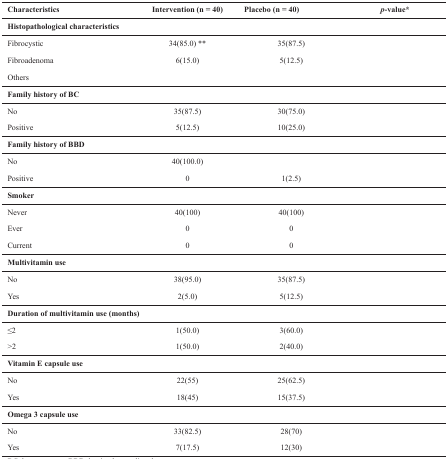
<table><thead><tr><td><b>Characteristics</b></td><td><b>Intervention(n = 40)</b></td><td><b>Placebo(n = 40)</b></td><td><b><i>p-</i>value*</b></td></tr></thead><tbody><tr><td colspan="4"><b>Histopathological characteristics</b></td></tr><tr><td>Fibrocystic</td><td>34(85.0) **</td><td>35(87.5)</td><td>[EMPTY_CELL]</td></tr><tr><td>Fibroadenoma</td><td>6(15.0)</td><td>5(12.5)</td><td>[EMPTY_CELL]</td></tr><tr><td>Others</td><td>[EMPTY_CELL]</td><td>[EMPTY_CELL]</td><td>[EMPTY_CELL]</td></tr><tr><td colspan="4"><b>Family history of BC</b></td></tr><tr><td>No</td><td>35(87.5)</td><td>30(75.0)</td><td>[EMPTY_CELL]</td></tr><tr><td>Positive</td><td>5(12.5)</td><td>10(25.0)</td><td>[EMPTY_CELL]</td></tr><tr><td colspan="4"><b>Family history of BBD</b></td></tr><tr><td>No</td><td>40(100.0)</td><td>[EMPTY_CELL]</td><td>[EMPTY_CELL]</td></tr><tr><td>Positive</td><td>0</td><td>1(2.5)</td><td>[EMPTY_CELL]</td></tr><tr><td colspan="4"><b>Smoker</b></td></tr><tr><td>Never</td><td>40(100)</td><td>40(100)</td><td>[EMPTY_CELL]</td></tr><tr><td>Ever</td><td>0</td><td>0</td><td>[EMPTY_CELL]</td></tr><tr><td>Current</td><td>0</td><td>0</td><td>[EMPTY_CELL]</td></tr><tr><td colspan="4"><b>Multivitamin use</b></td></tr><tr><td>No</td><td>38(95.0)</td><td>35(87.5)</td><td>[EMPTY_CELL]</td></tr><tr><td>Yes</td><td>2(5.0)</td><td>5(12.5)</td><td>[EMPTY_CELL]</td></tr><tr><td colspan="4"><b>Duration of multivitamin use (months)</b></td></tr><tr><td>≤2</td><td>1(50.0)</td><td>3(60.0)</td><td>[EMPTY_CELL]</td></tr><tr><td>&gt;2</td><td>1(50.0)</td><td>2(40.0)</td><td>[EMPTY_CELL]</td></tr><tr><td colspan="4"><b>Vitamin E capsule use</b></td></tr><tr><td>No</td><td>22(55)</td><td>25(62.5)</td><td>[EMPTY_CELL]</td></tr><tr><td>Yes</td><td>18(45)</td><td>15(37.5)</td><td>[EMPTY_CELL]</td></tr><tr><td colspan="4"><b>Omega3 capsule use</b></td></tr><tr><td>No</td><td>33(82.5)</td><td>28(70)</td><td>[EMPTY_CELL]</td></tr><tr><td>Yes</td><td>7(17.5)</td><td>12(30)</td><td>[EMPTY_CELL]</td></tr></tbody></table>